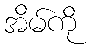
အိမ်ကို